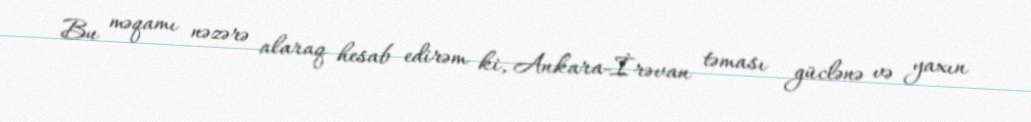
Bu məqamı nəzərə alaraq hesab edirəm ki, Ankara-İrəvan təması güclənə və yaxın